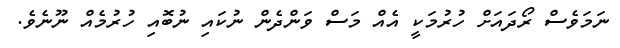
ނަމަވެސް ރޯދައަށް ހުރުމަކީ އެއް މަސް ވަންދެން ނުކައި ނުބޮއި ހުރުމެއް ނޫނެވެ.